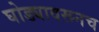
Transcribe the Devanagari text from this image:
घोड्यावरूनच